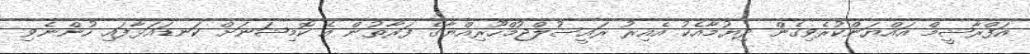
އަފްރާޝީމް އައްޔަންކުރެވިގެން ދިޔުމާއެކު އެއިރު ރައީސުލްޖުމްހޫރިއްޔާގެ ފަރާތުން އެ ކޮމިޝަނަށް ކަނޑައަޅާފައި ހުންނެވި